Tezpur Lunatic Asylum reports 1877-1894 - 1877-1894
Year: 1877
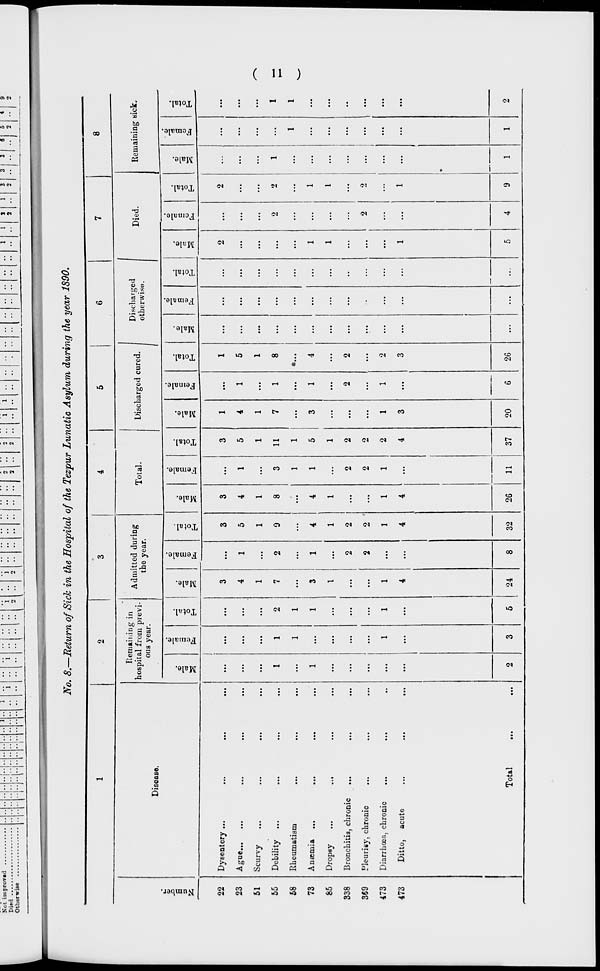
Not improved
Died •«....•••
Otherwise ...
I 1
2 ••
1
1
•• ••
-• •• •• ••
••
1
1 1 3
2
1
3
2
3
3
8
5 14 1
2 ..
No. 8.—Return of Sick in the Hospital of the Tez-pur Lunatic Asylum during the year 1890.
1
2
3
4
5
6
7
8
Remaining in
hospital from previ-
ous year.
Admitted during
the year.
Total.
Discharged cured.
Discharged
otherwise.
|
Died.
Remaining sick.
.
Disease.
1
1 Number
d
""3
a
<u
fa
o
H
d
"3
<0
*3
s
fa
"3
o
d
"3
.2
s
fa
*e3
O
H
"5
B
s
fa
"3
o
H
CD
as
s
o
fa
"3
o
E- 1
d
a
a
fa
O
d
d
"3
a o
fa
"3
o
H
22
Dysentery ...
3
3
3
3
1
1
2
2
...
...
23
**o UC«»»
>,.
B#-
...
...
...
...
4
1
5
4
1
5
4
1
5
...
...
...
...
...
...
...
...
51
Scurvy
...
...
...
...
1
1
1
...
1
1
...
1
...
...
...
...
...
...
...
...
55
Debility ...
...
I
1
2
7
2
9
8
3
11
7
1
8
...
...
...
2
2
1
...
1
58
Rheumatism
...
...
1
1
...
...
...
1
1
...
...
....
...
...
...
...
...
...
1
1
73
Anasniia
...
1
...
1
3
1
4
4
1
5
3
1
4
...
...
1
...
1
...
...
...
85
DropBy
...
...
...
...
1
1
1
...
1
...
...
...
...
...
1
...
1
...
...
...
338
Bronchitis, chronic
...
...
...
...
...
2
2
...
2
2
...
2
2
...
...
...
...
...
...
369
Pleurisy, chronic
...
...
...
...
...
2
2 ■
...
2
2
...
...
...
••
...
...
2
o
...
...
...
473
Diarrhoea, chronic
...
...
1
1
1
...
1
1
1
2
1
1
2
...
...
...
...
...
...
...
...
473
Ditto, acute
4
4
4
4
3
3
1
1
Total
...
2
3
5
24
8
32
26
11
37
20
6
26
...
...
...
5
4
9
1
1
2